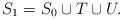
LaTeX: \begin{align*}S_{1}=S_{0}\cup T\cup U.\end{align*}